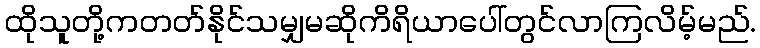
ထိုသူတို့ကတတ်နိုင်သမျှမဆိုကိရိယာပေါ်တွင်လာကြလိမ့်မည်.